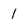
Character: 1